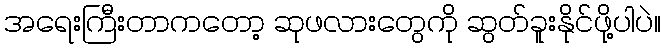
အရေးကြီးတာကတော့ ဆုဖလားတွေကို ဆွတ်ခူးနိုင်ဖို့ပါပဲ။